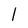
Character: 1